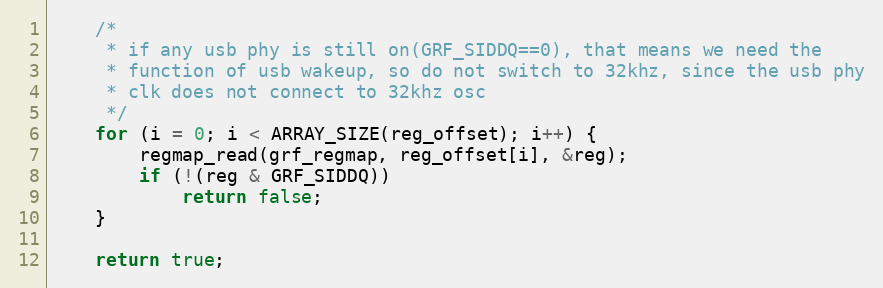
Language: C
	/*
	 * if any usb phy is still on(GRF_SIDDQ==0), that means we need the
	 * function of usb wakeup, so do not switch to 32khz, since the usb phy
	 * clk does not connect to 32khz osc
	 */
	for (i = 0; i < ARRAY_SIZE(reg_offset); i++) {
		regmap_read(grf_regmap, reg_offset[i], &reg);
		if (!(reg & GRF_SIDDQ))
			return false;
	}

	return true;